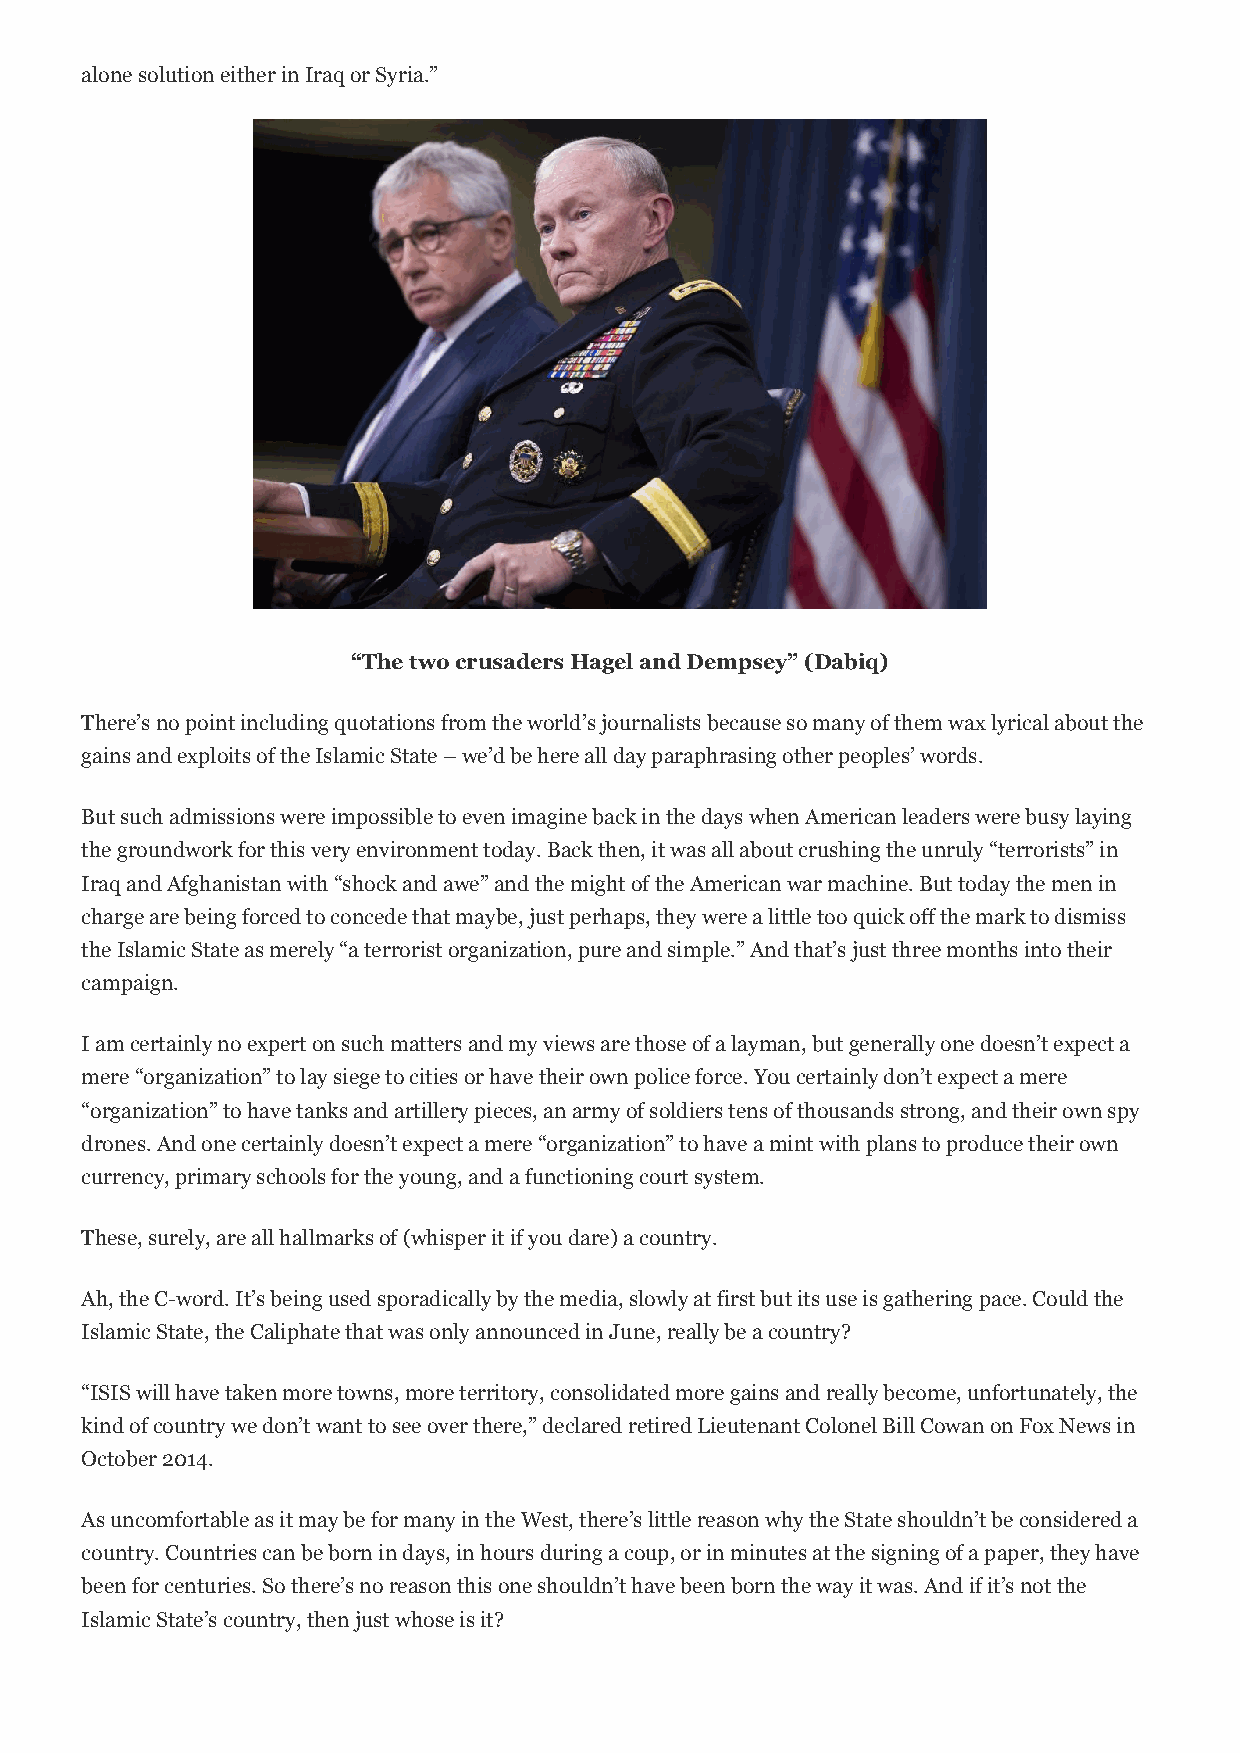
alone solution either in Iraq or Syria.”
 “The two crusaders Hagel and Dempsey” (Dabiq)
 There’s no point including quotations from the world’s journalists because so many of them wax lyrical about the
 gains and exploits of the Islamic State – we’d be here all day paraphrasing other peoples’ words.
 But such admissions were impossible to even imagine back in the days when American leaders were busy laying
 the groundwork for this very environment today. Back then, it was all about crushing the unruly “terrorists” in
 Iraq and Afghanistan with “shock and awe” and the might of the American war machine. But today the men in
 charge are being forced to concede that maybe, just perhaps, they were a little too quick off the mark to dismiss
 the Islamic State as merely “a terrorist organization, pure and simple.” And that’s just three months into their
 campaign.
 I am certainly no expert on such matters and my views are those of a layman, but generally one doesn’t expect a
 mere “organization” to lay siege to cities or have their own police force. You certainly don’t expect a mere
 “organization” to have tanks and artillery pieces, an army of soldiers tens of thousands strong, and their own spy
 drones. And one certainly doesn’t expect a mere “organization” to have a mint with plans to produce their own
 currency, primary schools for the young, and a functioning court system.
 These, surely, are all hallmarks of (whisper it if you dare) a country.
 Ah, the C-word. It’s being used sporadically by the media, slowly at first but its use is gathering pace. Could the
 Islamic State, the Caliphate that was only announced in June, really be a country?
 “ISIS will have taken more towns, more territory, consolidated more gains and really become, unfortunately, the
 kind of country we don’t want to see over there,” declared retired Lieutenant Colonel Bill Cowan on Fox News in
 October 2014.
 As uncomfortable as it may be for many in the West, there’s little reason why the State shouldn’t be considered a
 country. Countries can be born in days, in hours during a coup, or in minutes at the signing of a paper, they have
 been for centuries. So there’s no reason this one shouldn’t have been born the way it was. And if it’s not the
 Islamic State’s country, then just whose is it?